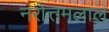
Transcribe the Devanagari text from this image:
नरोत्तमलाल